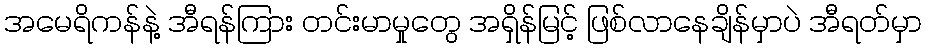
အမေရိကန်နဲ့ အီရန်ကြား တင်းမာမှုတွေ အရှိန်မြင့် ဖြစ်လာနေချိန်မှာပဲ အီရတ်မှာ